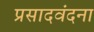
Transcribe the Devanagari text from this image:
प्रसादवंदना